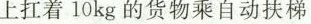
上扛着10kg的货物乘自动扶梯